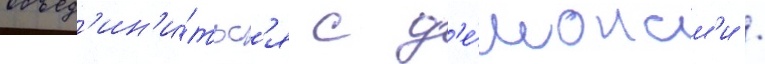
объед'ин'и́тьс'я с д'е́монам'и /